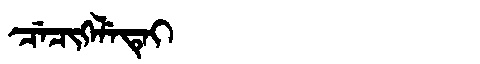
Manchu: ᠴᡝᠴᡳᡴᡝᠯᡝᡨᡝᡳ
Romanization: CECIKELETEI